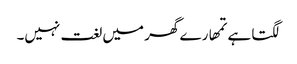
لگتا ہے تمھارے گھر میں لغت نہیں۔